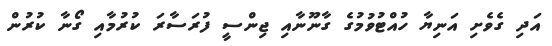
އަދި ގެވެށި އަނިޔާ ހުއްޓުވުމުގެ ގާނޫނާއި ޖިންސީ ފުރަސާރަ ކުރުމާއި ގޯނާ ކުރުން